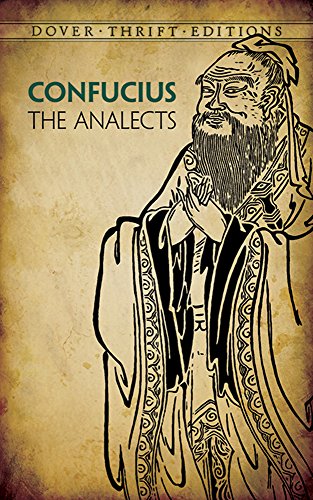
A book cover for The Analects (Dover Thrift Editions); Confucius; Literature & Fiction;